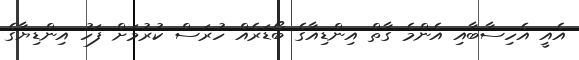
އެއީ އެހިސާބާއި އެންމެ ގާތް އިންޑިއާގެ ބޯޑަރެއް ހުރަސް ކުރުމަށް ފަހު އިންޑިޔާގެ